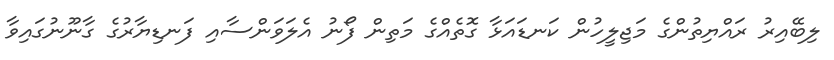
ލިބޭއިރު ރައްޔިތުންގެ މަޖިލީހުން ކަނޑައަޅާ ގޮތެއްގެ މަތިން ފޯނު އެލަވަންސާއި ފަނޑިޔާރުގެ ގާނޫނުގައިވާ